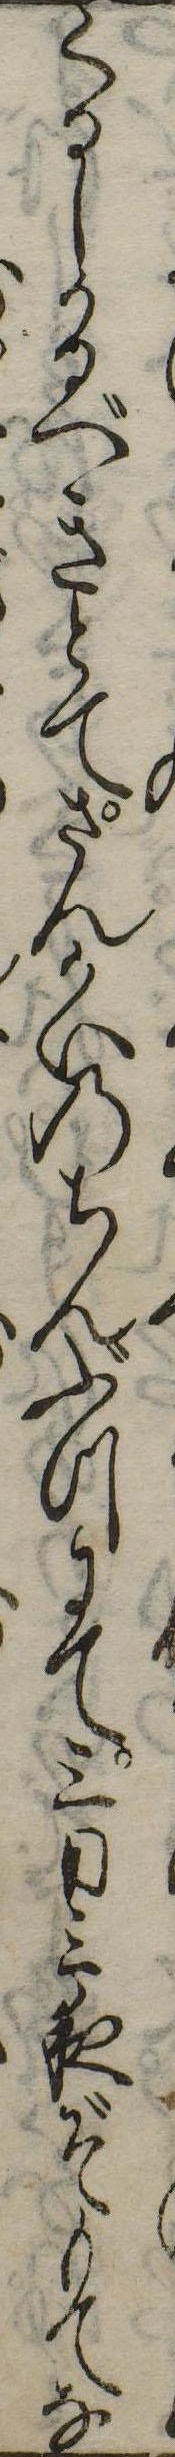
くるしかるべきとてさんかいのちんぶつにて三日三夜ぞもてな